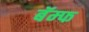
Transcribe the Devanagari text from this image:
बॅम्फ